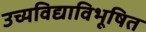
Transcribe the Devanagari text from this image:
उच्यविद्याविभूषित